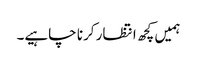
ہمیں کچھ انتظار کرنا چاہیے۔